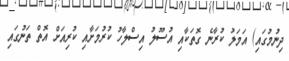
ދިނުމުގައި) އަމަލު ކުރާނެ ގޮތަކާއި އުސޫލު އިސްލާހު ކުރުމަށާއި ކުރިއަށް އޮތް ތަނުގައި